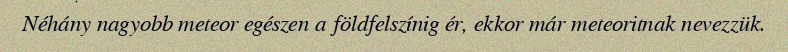
Néhány nagyobb meteor egészen a földfelszínig ér, ekkor már meteoritnak nevezzük.